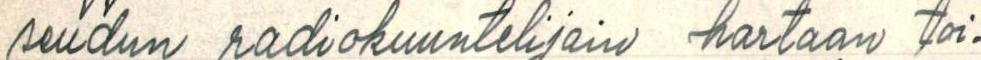
seudun radiokuuntelijain hartaan toi-